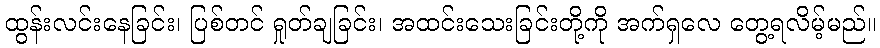
ထွန်းလင်းနေခြင်း၊ ပြစ်တင် ရှုတ်ချခြင်း၊ အထင်းသေးခြင်းတို့ကို အက်ရှလေ တွေ့ရလိမ့်မည်။